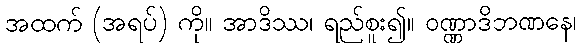
အထက် (အရပ်) ကို။ အာဒိဿ၊ ရည်စူး၍။ ဝဏ္ဏာဒိဘဏနေ၊